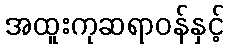
အထူးကုဆရာဝန်နှင့်